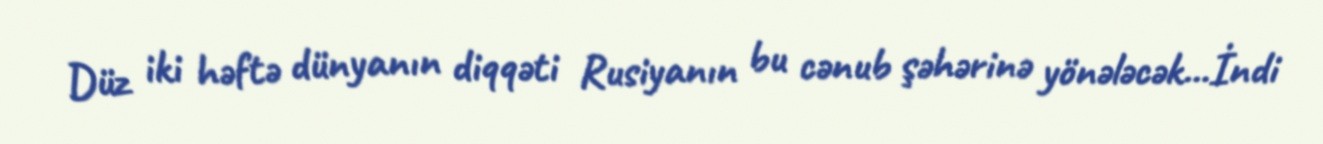
Düz iki həftə dünyanın diqqəti Rusiyanın bu cənub şəhərinə yönələcək...İndi